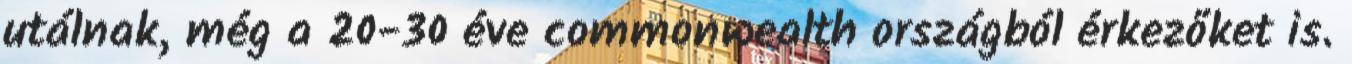
utálnak, még a 20-30 éve commonwealth országból érkezőket is.